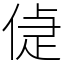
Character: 偼